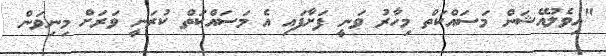
"އިވެލުއޭޝަން މަސައްކަތް މިހާރު ވަނީ ފަށާފައި އެ މަސައްކަތް ކުރަނީ ވަރަށް މިނިވަން